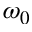
\omega _ { 0 }